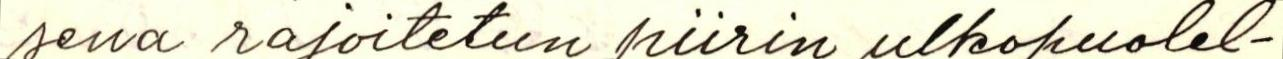
sena rajoitetun piirin ulkopuolel-